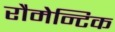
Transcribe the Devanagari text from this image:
रौमेन्टिक